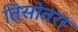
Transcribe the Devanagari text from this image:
तिसोतरा